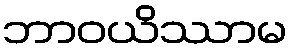
ဘာဝယိဿာမ